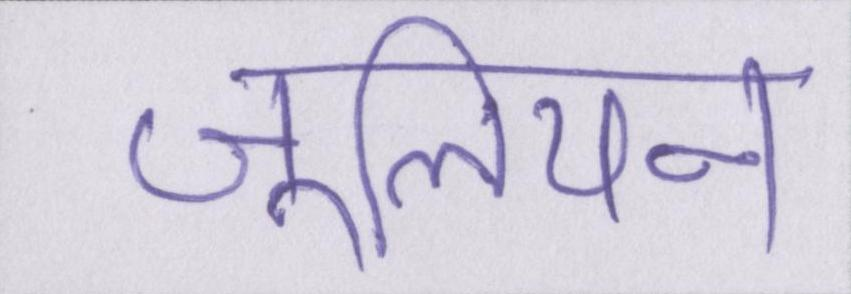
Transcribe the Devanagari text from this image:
जूलियन